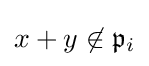
x+y\not \in {\mathfrak {p}}_{i}